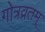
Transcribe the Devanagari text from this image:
गोत्रव्रतम्